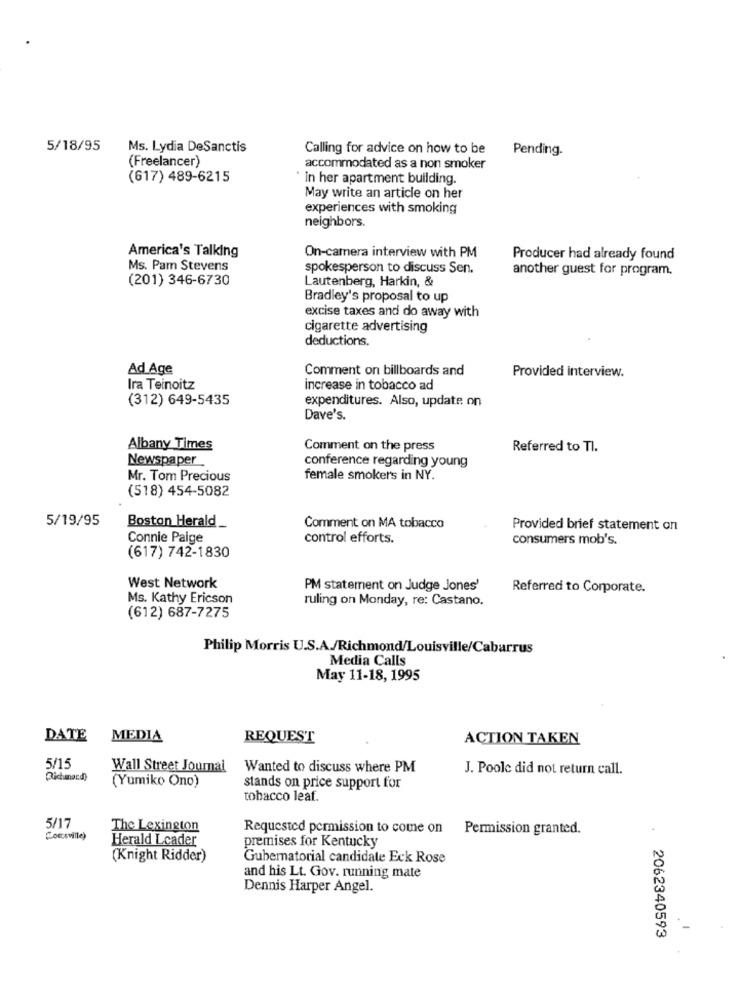
5/18/95
Ms. Lydia DeSanctis
Calling for advice on how to be
Pending.
(Freelancer)
accommodated as a non smoker
(617) 489-6215
" in her apartment building.
May write an article on her
experiences with smoking
neighbors.
America's Talking
On-camera interview with PM
Producer had already found
Ms. Pam Stevens
spokesperson to discuss Sen.
another guest for program.
(201) 346-6730
Lautenberg, Harkin, &
Bradley's proposal to up
excise taxes and do away with
cigarette advertising
deductions.
Ad Age
Comment on billboards and
Provided interview.
Ira Teinoitz
increase in tobacco ad
(312) 649-5435
expenditures. Also, update on
Dave's.
Albany Times
Comment on the press
Referred to TI.
Newspaper
conference regarding young
Mr. Tom Precious
female smokers in NY.
(518) 454-5082
5/19/95
Boston Herald
Comment on MA tobacco
Provided brief statement on
Connie Paige
control efforts.
consumers mob's.
(617) 742-1830
West Network
PM statement on Judge Jones'
Referred to Corporate.
Ms. Kathy Ericson
ruling on Monday, re: Castano.
(612) 687-7275
Philip Morris U.S.A./Richmond/Louisville/Cabarrus
Media Calls
May 11-18, 1995
DATE
MEDIA
REQUEST
ACTION TAKEN
5/15
Wall Street Journal
Wanted to discuss where PM
J. Poole did not return call.
(Yumiko Ono)
stands on price support for
tobacco leaf.
5/17
The Lexington
Requested permission to come on
Permission granted.
Herald Lcader
premises for Kentucky
(Knight Ridder)
Gubernatorial candidate Eck Rose
and his Lt. Gov. running mate
Dennis Harper Angel.
. 2062340593